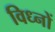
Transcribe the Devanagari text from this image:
विध्नों